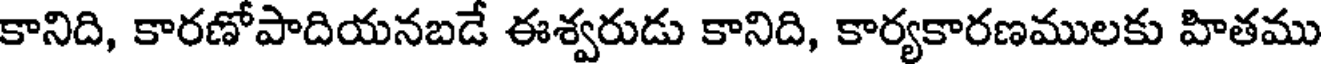
కానిది, కారణోపాదియనబడే ఈశ్వరుడు కానిది, కార్యకారణములకు హితము